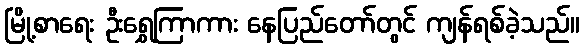
မြို့စာရေး ဦးရွှေကြာကား နေပြည်တော်တွင် ကျန်ရစ်ခဲ့သည်။